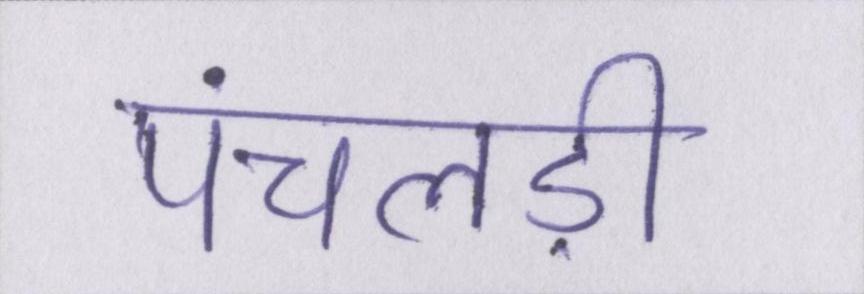
पंचलड़ी